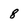
Character: 8